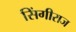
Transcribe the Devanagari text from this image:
सिंगीराज